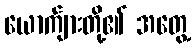
ယောက်ျားတို့၏ အတွေ့